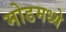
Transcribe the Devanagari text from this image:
मोडमध्ये